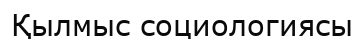
Қылмыс социологиясы